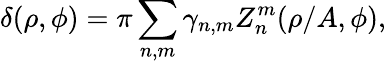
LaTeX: \delta(\rho,\phi)=\pi\sum_{n,m}\gamma_{n,m}Z_{n}^{m}(\rho/A,\phi),